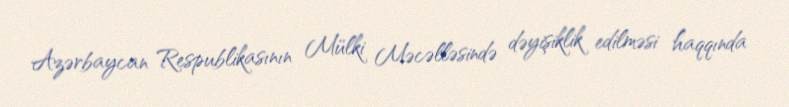
Azərbaycan Respublikasının Mülki Məcəlləsində dəyişiklik edilməsi haqqında